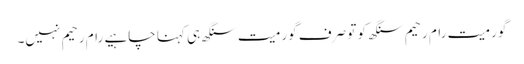
گورمیت رام رحیم سنگھ کو تو صرف گورمیت سنگھ ہی کہنا چاہیے رام رحیم نہیں۔